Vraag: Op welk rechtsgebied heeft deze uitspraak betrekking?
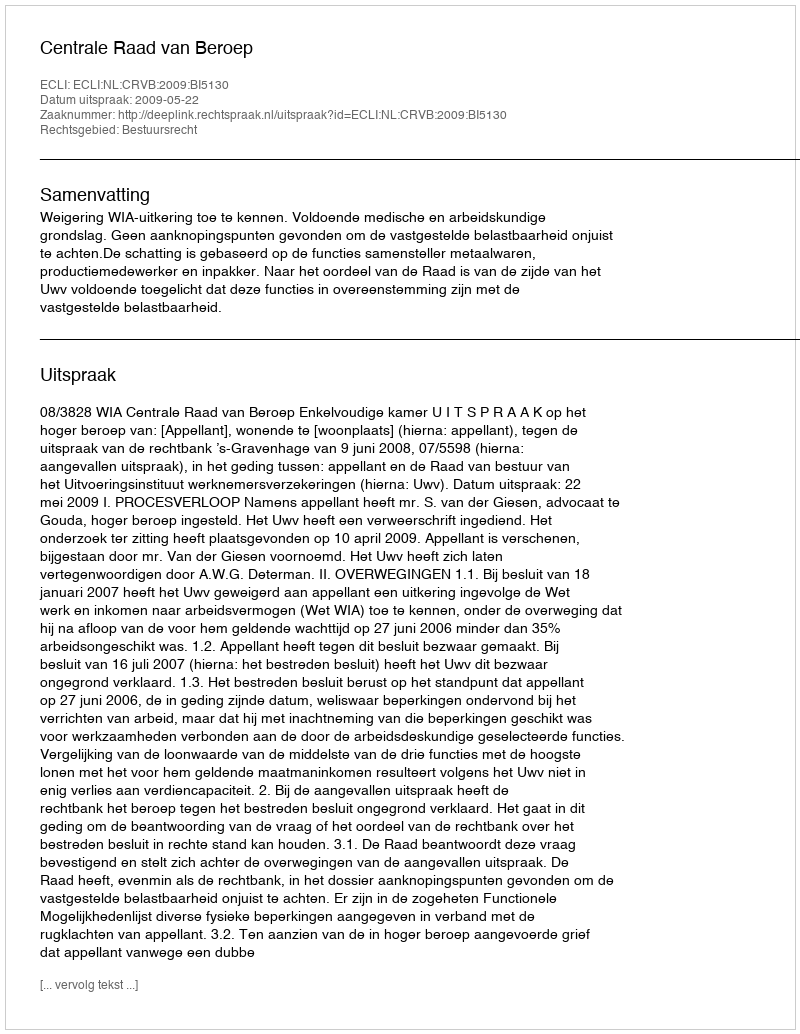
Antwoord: Bestuursrecht